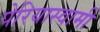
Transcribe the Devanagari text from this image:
पेरियास्वामी